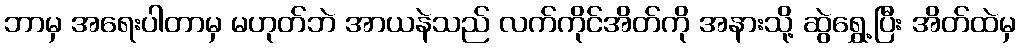
ဘာမှ အရေးပါတာမှ မဟုတ်ဘဲ အာယနဲသည် လက်ကိုင်အိတ်ကို အနားသို့ ဆွဲရွှေ့ပြီး အိတ်ထဲမှ